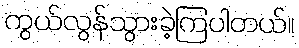
ကွယ်လွန်သွားခဲ့ကြပါတယ်။